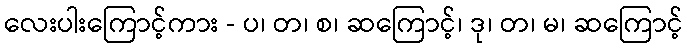
လေးပါးကြောင့်ကား - ပ၊ တ၊ စ၊ ဆကြောင့်၊ ဒု၊ တ၊ မ၊ ဆကြောင့်